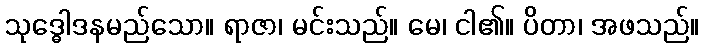
သုဒ္ဓေါဒနမည်သော။ ရာဇာ၊ မင်းသည်။ မေ၊ ငါ၏။ ပိတာ၊ အဖသည်။